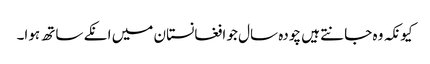
کیونکہ وہ جانتے ہیں چودہ سال جو افغانستان میں انکے ساتھ ہوا۔